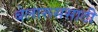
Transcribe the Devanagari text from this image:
बेलारूससाठी